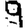
Digit: 9